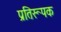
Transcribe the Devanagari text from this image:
प्रतिरूपक